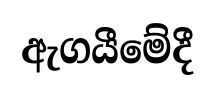
ඇගයීමේදී